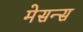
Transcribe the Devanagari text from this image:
मेसन्स